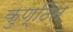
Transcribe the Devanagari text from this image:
कुण्ठित